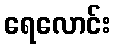
ရေလောင်း